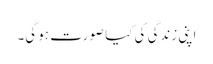
اپنی زندگی کی کیا صورت ہو گی۔